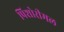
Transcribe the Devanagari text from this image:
पिशोरीमल